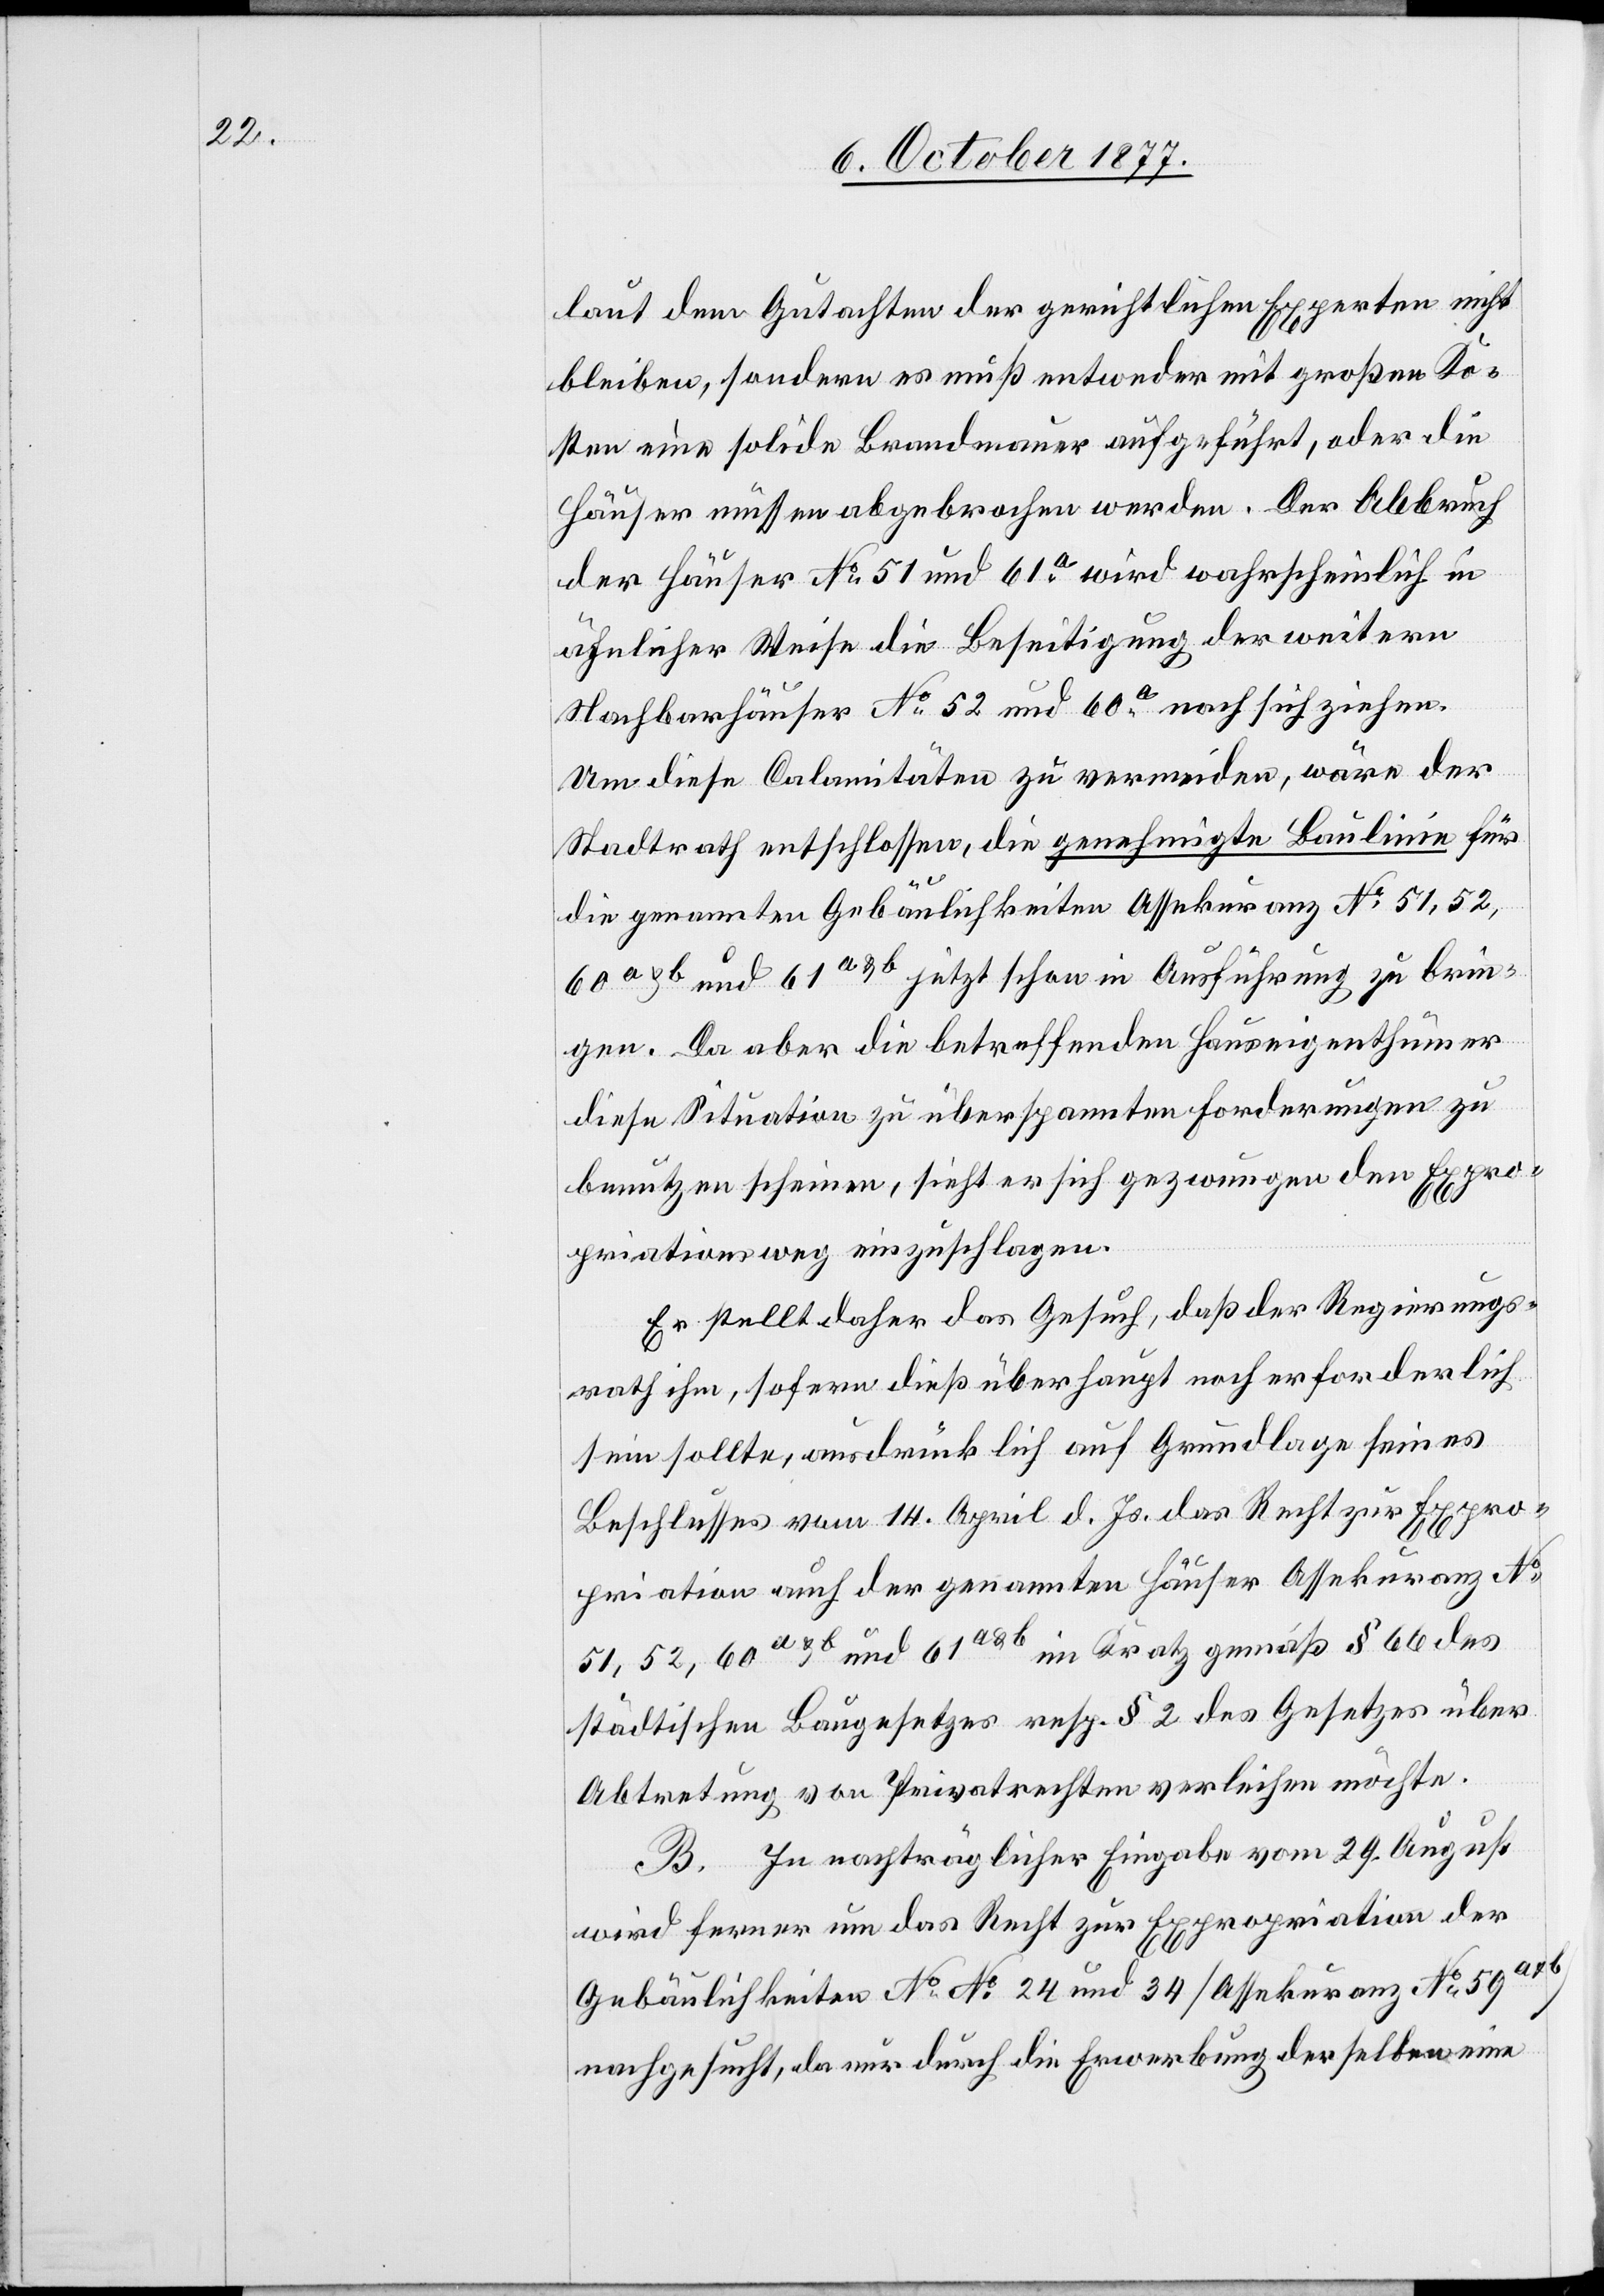
laut dem Gutachten der gerichtlichen Experten nicht
bleiben, sondern es muß entweder mit großen Ko¬
sten eine solide Brandmauer aufgeführt, oder die
Häuser müssen abgebrochen werden. Der Abbruch
der Häuser No 51 und 61a wird wahrscheinlich in
ähnlicher Weise die Beseitigung der weitern
Nachbarhäuser No 52 und 60a nach sich ziehen.
Um diese Calamitäten zu vermeiden, wäre der
Stadtrath entschlossen, die genehmigte Baulinie für
die genannten Gebäulichkeiten Assekuranz No 51, 52,
60a&b und 61a&b jetzt schon in Ausführung zu brin¬
gen. Da aber die betreffenden Hauseigenthümer
diese Situation zu überspannten Forderungen zu
benutzen scheinen, sieht er sich gezwungen den Expro¬
priationsweg einzuschlagen.
Er stellt daher das Gesuch, daß der Regierungs¬
rath ihm, sofern dieß überhaupt noch erforderlich
sein sollte, ausdrücklich auf Grundlage seines
Beschlusses vom 14. April d. Js. das Recht zur Expro¬
priation auch der genannten Häuser Assekuranz No
51, 52, 60a&b und 61a&b im Kratz gemäß § 66 des
städtischen Baugesetzes resp. § 2 des Gesetzes über
Abtretung von Privatrechten verleihen möchte.
B. In nachträglicher Eingabe vom 29. August
wird ferner um das Recht zur Expropriation der
Gebäulichkeiten No No [sic!] 24 und 34 [Assekuranz No 59a&b]
nachgesucht, da nur durch die Erwerbung derselben eine